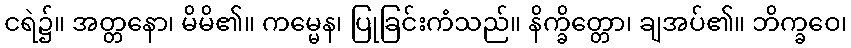
ငရဲ၌။ အတ္တနော၊ မိမိ၏။ ကမ္မေန၊ ပြုခြင်းကံသည်။ နိက္ခိတ္တော၊ ချအပ်၏။ ဘိက္ခဝေ၊